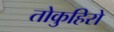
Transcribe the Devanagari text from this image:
तोकुहिरो